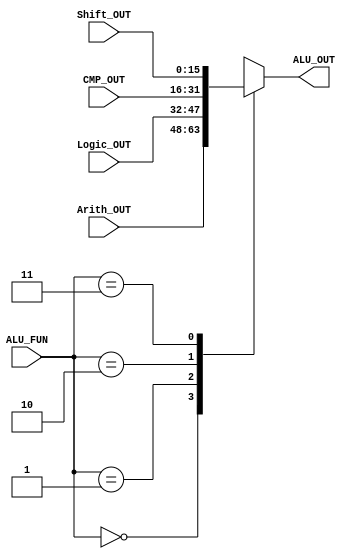
module Decoder2X4_ALU_OUT
#(parameter Width = 16) 
 (
    input wire [1:0]    ALU_FUN,
    input wire [Width-1:0] Arith_OUT, Logic_OUT, CMP_OUT, Shift_OUT,
    output reg  [Width-1:0]        ALU_OUT
);
    
always @(*) 
begin
    ALU_OUT = 'b0;
    case (ALU_FUN)
        2'b00: ALU_OUT = Arith_OUT;
        2'b01: ALU_OUT = Logic_OUT;
        2'b10: ALU_OUT = CMP_OUT;
        2'b11: ALU_OUT = Shift_OUT; 
        default: 
        begin
            ALU_OUT = 'b0;
        end
    endcase
end

endmodule